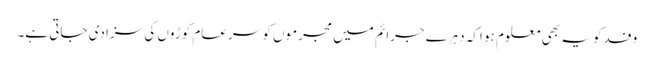
وفد کو یہ بھی معلوم ہو اکہ دہرے جرائم میں مجرموں کو سرِ عام کوڑوں کی سزا دی جاتی ہے۔